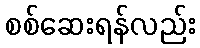
စစ်ဆေးရန်လည်း